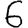
Digit: 6